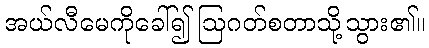
အယ်လီမေကိုခေါ်၍ ဩဂတ်စတာသို့သွား၏။